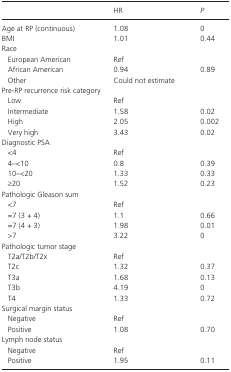
<table><thead><tr><td></td><td><b>HR</b></td><td><b><i>P</i></b></td></tr></thead><tbody><tr><td>Age at RP (continuous)</td><td>1.08</td><td>0</td></tr><tr><td>BMI</td><td>1.01</td><td>0.44</td></tr><tr><td colspan="3">Race</td></tr><tr><td>European American</td><td>Ref</td><td></td></tr><tr><td>African American</td><td>0.94</td><td>0.89</td></tr><tr><td>Other</td><td colspan="2">Could not estimate</td></tr><tr><td colspan="3">Pre‐RP recurrence risk category</td></tr><tr><td>Low</td><td>Ref</td><td></td></tr><tr><td>Intermediate</td><td>1.58</td><td>0.02</td></tr><tr><td>High</td><td>2.05</td><td>0.002</td></tr><tr><td>Very high</td><td>3.43</td><td>0.02</td></tr><tr><td colspan="3">Diagnostic PSA</td></tr><tr><td>&lt;4</td><td>Ref</td><td></td></tr><tr><td>4–&lt;10</td><td>0.8</td><td>0.39</td></tr><tr><td>10–&lt;20</td><td>1.33</td><td>0.33</td></tr><tr><td>≥20</td><td>1.52</td><td>0.23</td></tr><tr><td colspan="3">Pathologic Gleason sum</td></tr><tr><td>&lt;7</td><td>Ref</td><td></td></tr><tr><td>=7 (3 + 4)</td><td>1.1</td><td>0.66</td></tr><tr><td>=7 (4 + 3)</td><td>1.98</td><td>0.01</td></tr><tr><td>&gt;7</td><td>3.22</td><td>0</td></tr><tr><td colspan="3">Pathologic tumor stage</td></tr><tr><td>T2a/T2b/T2x</td><td>Ref</td><td></td></tr><tr><td>T2c</td><td>1.32</td><td>0.37</td></tr><tr><td>T3a</td><td>1.68</td><td>0.13</td></tr><tr><td>T3b</td><td>4.19</td><td>0</td></tr><tr><td>T4</td><td>1.33</td><td>0.72</td></tr><tr><td colspan="3">Surgical margin status</td></tr><tr><td>Negative</td><td>Ref</td><td></td></tr><tr><td>Positive</td><td>1.08</td><td>0.70</td></tr><tr><td colspan="3">Lymph node status</td></tr><tr><td>Negative</td><td>Ref</td><td></td></tr><tr><td>Positive</td><td>1.95</td><td>0.11</td></tr></tbody></table>